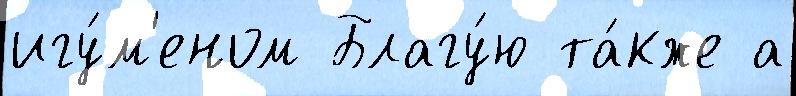
игу́м'еном Благу́ю та́кже а